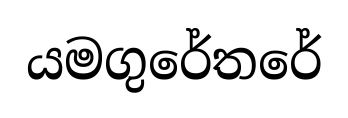
යමගුරේතරේ